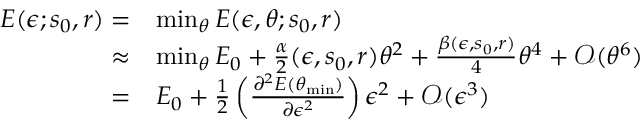
\begin{array} { r l } { E ( \epsilon ; s _ { 0 } , r ) = } & { \operatorname* { m i n } _ { \theta } E ( \epsilon , \theta ; s _ { 0 } , r ) } \\ { \approx } & { \operatorname* { m i n } _ { \theta } E _ { 0 } + \frac { \alpha } { 2 } ( \epsilon , s _ { 0 } , r ) \theta ^ { 2 } + \frac { \beta ( \epsilon , s _ { 0 } , r ) } { 4 } \theta ^ { 4 } + \mathcal { O } ( \theta ^ { 6 } ) } \\ { = } & { E _ { 0 } + \frac 1 2 \left( \frac { \partial ^ { 2 } E ( \theta _ { \mathrm { m i n } } ) } { \partial \epsilon ^ { 2 } } \right) \epsilon ^ { 2 } + \mathcal { O } ( \epsilon ^ { 3 } ) } \end{array}